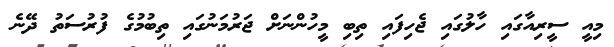
މިއީ ސީރިއާގައި ހާލުގައި ޖެހިފައި ތިބި މީހުންނަށް ޖަރުމަނުގައި ތިބުމުގެ ފުރުސަތު ދޭނެ